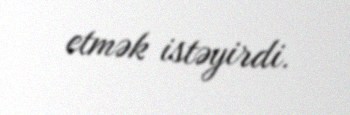
etmək istəyirdi.